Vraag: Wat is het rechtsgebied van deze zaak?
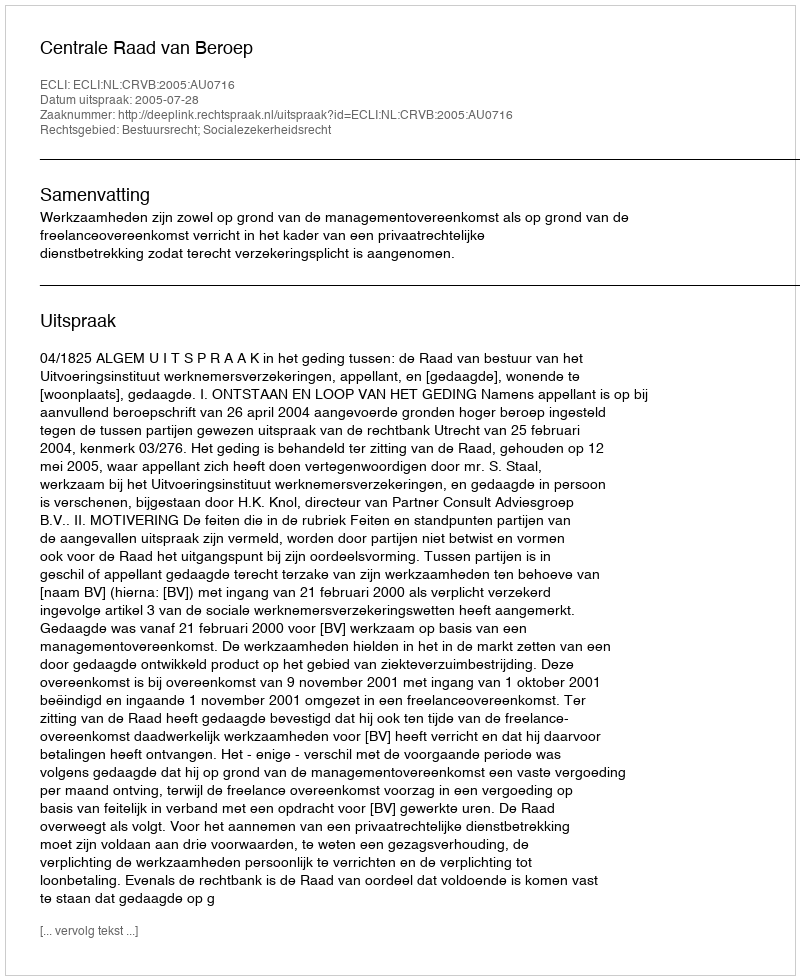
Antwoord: Bestuursrecht; Socialezekerheidsrecht